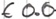
Text: E0.0